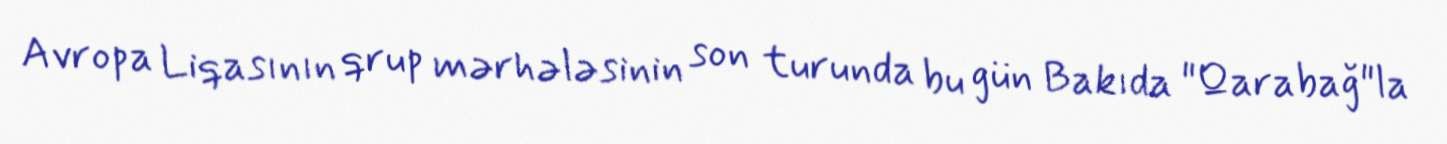
Avropa Liqasının qrup mərhələsinin son turunda bu gün Bakıda "Qarabağ"la